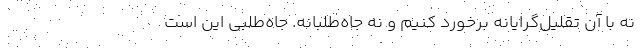
نه با آن تقلیل‌گرایانه برخورد کنیم و نه جاه‌طلبانه. جاه‌طلبی این است